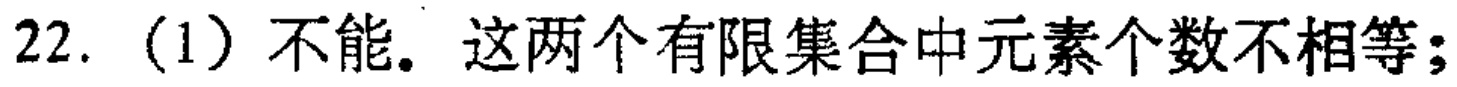
22.（1）不能。这两个有限集合中元素个数不相等；